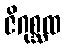
ဇိဂုစ္ဆထ